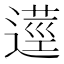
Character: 𨖑